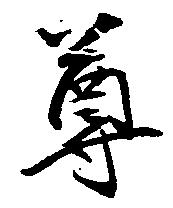
尊